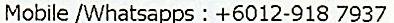
MOBILE /WHATSAPPS : +6012-918 7937